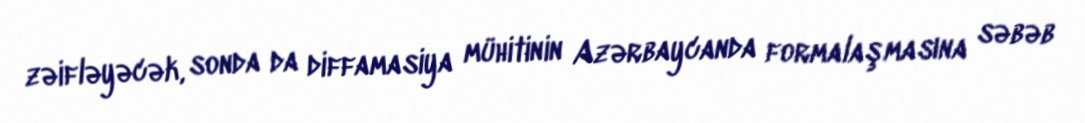
zəifləyəcək, sonda da diffamasiya mühitinin Azərbaycanda formalaşmasına səbəb